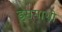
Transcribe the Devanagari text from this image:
इसमाशी